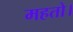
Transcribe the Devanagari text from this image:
महतो।